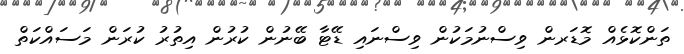
ތަންކޮޅެއް މޮޑަރން ވިސްނުމަކުން ވިސްނައި ޑޭޓާ ބޭނުން ކުރުން އިތުރު ކުރަން މަސައްކަތް